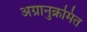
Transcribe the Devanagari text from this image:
अग्रानुक्रमित